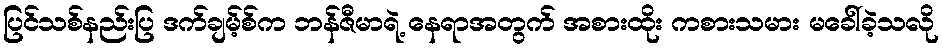
ပြင်သစ်နည်းပြ ဒက်ချမ့်စ်က ဘန်ဇီမာရဲ့ နေရာအတွက် အစားထိုး ကစားသမား မခေါ်ခဲ့သလို